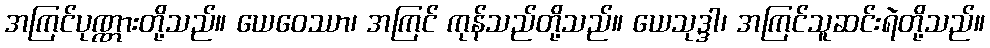
အကြင်ပုဏ္ဏားတို့သည်။ ယေဝေဿာ၊ အကြင် ကုန်သည်တို့သည်။ ယေသုဒ္ဒါ၊ အကြင်သူဆင်းရဲတို့သည်။